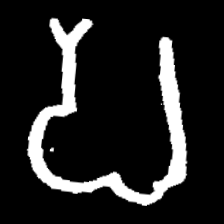
Pyu character \u2014 Myanmar letter: ပ (romanized: pa)